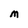
Character: M